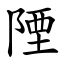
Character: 陻